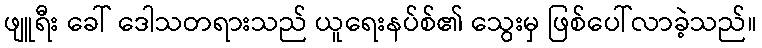
ဖျူရီး ခေါ် ဒေါသတရားသည် ယူရေးနပ်စ်၏ သွေးမှ ဖြစ်ပေါ်လာခဲ့သည်။